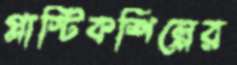
প্লাস্টিকশিল্পের